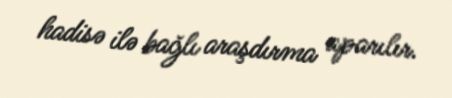
hadisə ilə bağlı araşdırma aparılır.